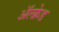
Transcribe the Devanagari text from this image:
अॅल्फ्रेड